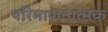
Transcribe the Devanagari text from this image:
परिमाणनात्मक